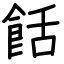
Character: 餂